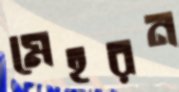
মেহরন